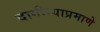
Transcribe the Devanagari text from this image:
दागीन्याप्रमाणे